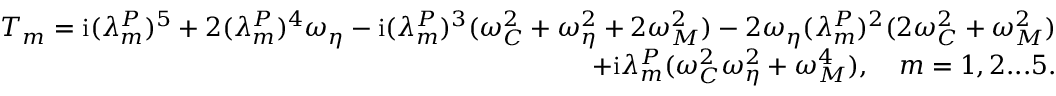
\begin{array} { r } { T _ { m } = \mathrm { i } ( \lambda _ { m } ^ { P } ) ^ { 5 } + 2 ( \lambda _ { m } ^ { P } ) ^ { 4 } \omega _ { \eta } - \mathrm { i } ( \lambda _ { m } ^ { P } ) ^ { 3 } ( \omega _ { C } ^ { 2 } + \omega _ { \eta } ^ { 2 } + 2 \omega _ { M } ^ { 2 } ) - 2 \omega _ { \eta } ( \lambda _ { m } ^ { P } ) ^ { 2 } ( 2 \omega _ { C } ^ { 2 } + \omega _ { M } ^ { 2 } ) } \\ { + \mathrm { i } \lambda _ { m } ^ { P } ( \omega _ { C } ^ { 2 } \omega _ { \eta } ^ { 2 } + \omega _ { M } ^ { 4 } ) , \quad m = 1 , 2 . . . 5 . } \end{array}